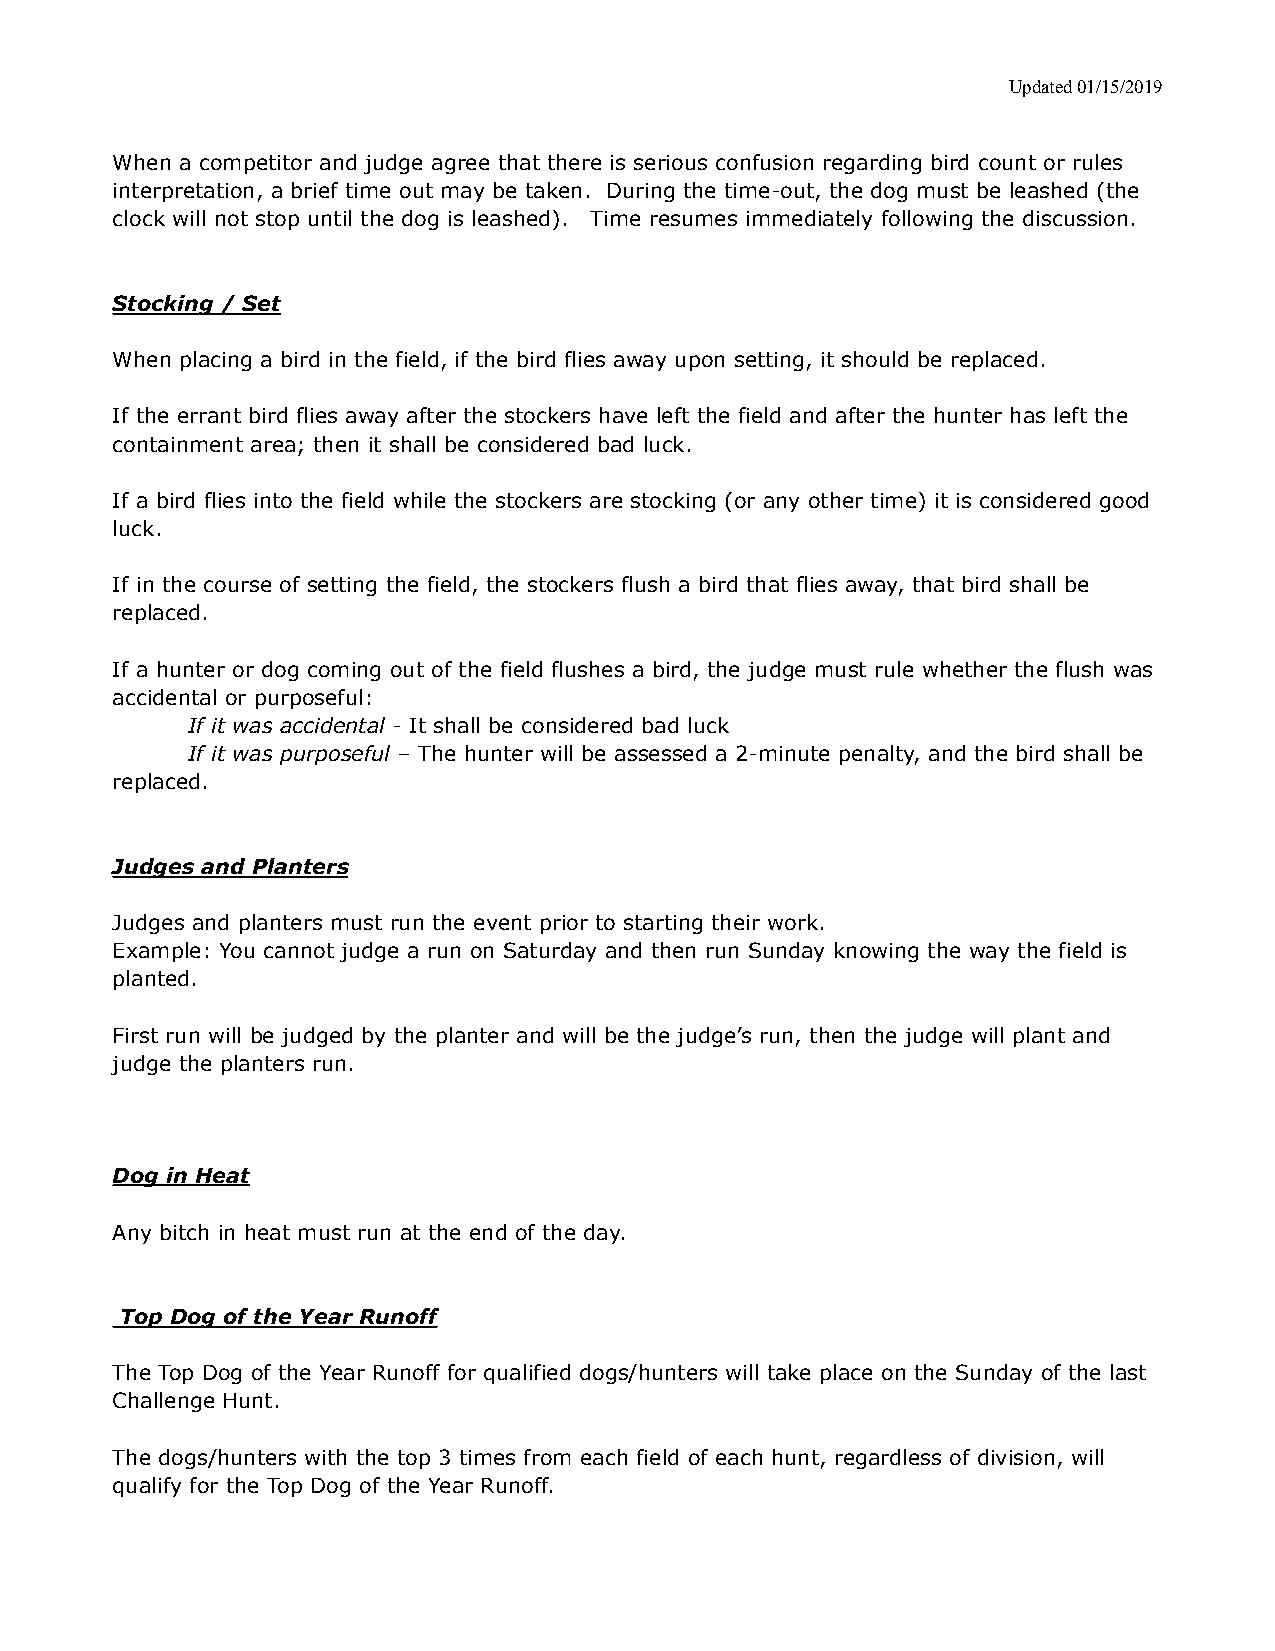
Updated 01/15/2019
 When a competitor and judge agree that there is serious confusion regarding bird count or rules
 interpretation, a brief time out may be taken. During the time-out, the dog must be leashed (the
 clock will not stop until the dog is leashed). Time resumes immediately following the discussion.
 Stocking / Set
 When placing a bird in the field, if the bird flies away upon setting, it should be replaced.
 If the errant bird flies away after the stockers have left the field and after the hunter has left the
 containment area; then it shall be considered bad luck.
 If a bird flies into the field while the stockers are stocking (or any other time) it is considered good
 luck.
 If in the course of setting the field, the stockers flush a bird that flies away, that bird shall be
 replaced.
 If a hunter or dog coming out of the field flushes a bird, the judge must rule whether the flush was
 accidental or purposeful:
 If it was accidental - It shall be considered bad luck
 If it was purposeful – The hunter will be assessed a 2-minute penalty, and the bird shall be
 replaced.
 Judges and Planters
 Judges and planters must run the event prior to starting their work.
 Example: You cannot judge a run on Saturday and then run Sunday knowing the way the field is
 planted.
 First run will be judged by the planter and will be the judge’s run, then the judge will plant and
 judge the planters run.
 Dog in Heat
 Any bitch in heat must run at the end of the day.
 Top Dog of the Year Runoff
 The Top Dog of the Year Runoff for qualified dogs/hunters will take place on the Sunday of the last
 Challenge Hunt.
 The dogs/hunters with the top 3 times from each field of each hunt, regardless of division, will
 qualify for the Top Dog of the Year Runoff.